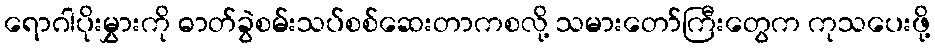
ရောဂါပိုးမွှားကို ဓာတ်ခွဲစမ်းသပ်စစ်ဆေးတာကစလို့ သမားတော်ကြီးတွေက ကုသပေးဖို့